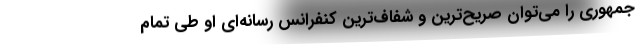
جمهوری را می‌توان صریح‌ترین و شفاف‌ترین کنفرانس رسانه‌ای او طی تمام